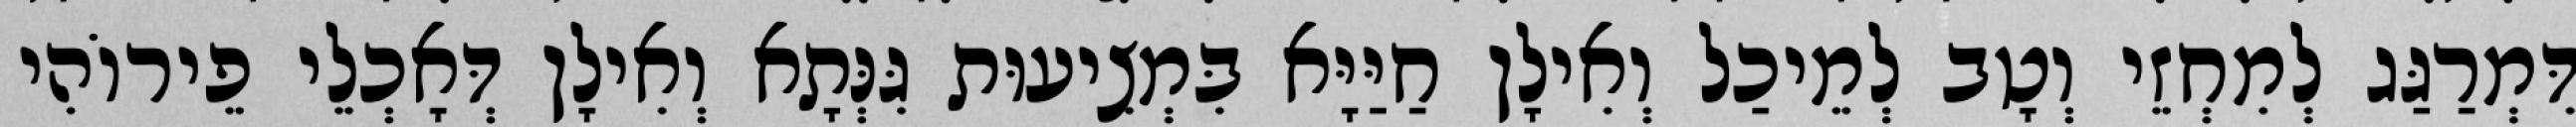
דִּמְרַגַּג לְמִחְזֵי וְטָב לְמֵיכַל וְאִילָן חַיַּיָּא בִּמְצִיעוּת גִּנְּתָא וְאִילָן דְּאָכְלֵי פֵירוֹהִי